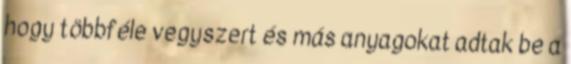
hogy többféle vegyszert és más anyagokat adtak be a